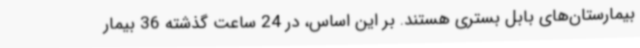
بیمارستان‌های بابل بستری هستند. بر این اساس، در 24 ساعت گذشته 36 بیمار